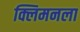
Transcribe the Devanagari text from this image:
क्लिमनला